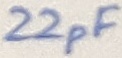
Text: 22pF